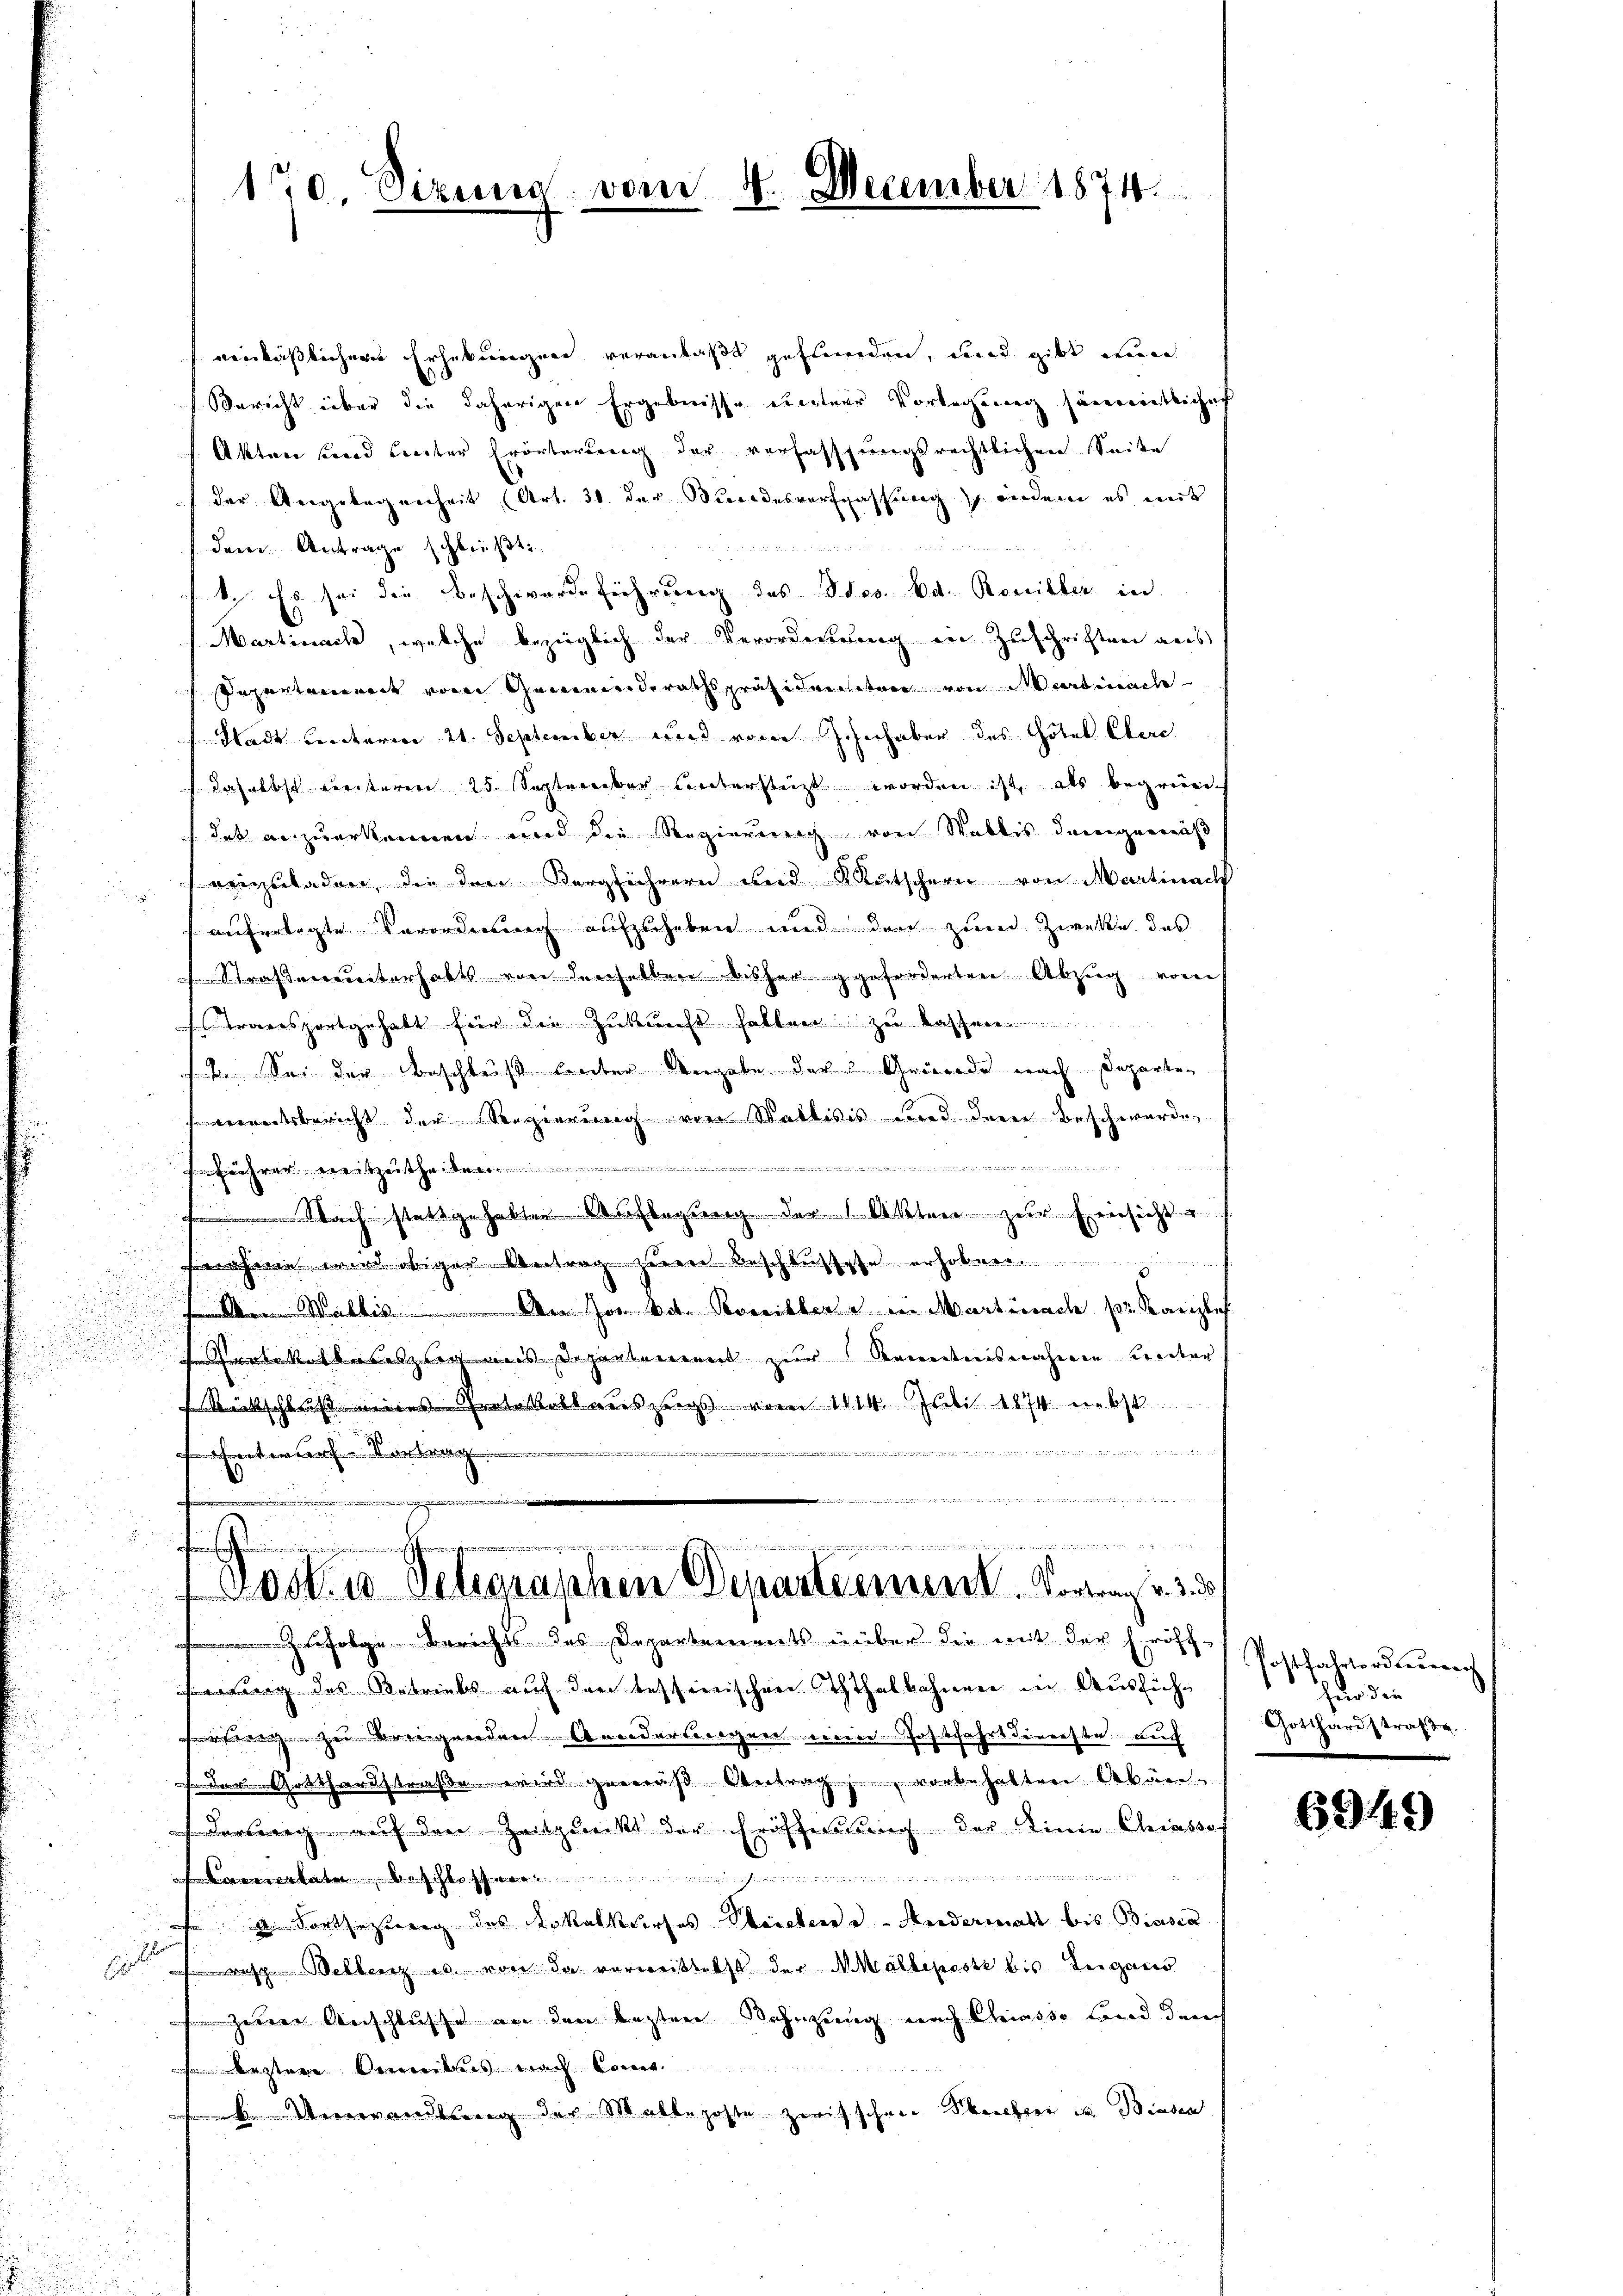
10. Sizina vom 4. December 1874.

verläßlicher Erhebungen veranlaßt gestunden, und gibt ein
Bericht über die daherigen Ergebnisse unterer Vorlegung sämmtlicher
Akten und Liter Erörterung der verfassungsrechtlichen Seite
der Angelegenheit (Art. 30. der Bundesverfassung indere es mit
dem Antrage schließt:
1. Es sei die Beschwerdeführung des Stes. Bd. Ronibler in
Martinach, welche bezüglich der Verordnung in Zuschriften aus
Repartement vom Gemeinderathspräsidrechter von Martinach
Stadt Cecetaria 21. September und vom Jahrhaber des Hotel Clare
daselbst weiteren 25. September untersteigt worden ist, als begründe
/ das anzuerkennen und die Regierung von Wallis demgemäß
f
vinzuladen, die den Bergführern und Kautschern von Martinach
auferlegte Verordnung aufzuheben und der zum Zwecke das
 Straßenunterhalts von denselben bisher geforderten Abzug vorauf
Transportgehalt für die Zukunft hatten zu lassen
12. Sei der Beschluß hinter Angabe des Gewerde nach Departemetsbericht der Regierung von Wallisis und deren Beschwerde
Pführer weitzutheile..............................
Nach stattgehabten Auflegung der Akten zur Einsicht
näheren wird obiger Antrag zum Beschlussesse erhoben.
An Wallis ...................... An Hombet. Rosilber u. in Martinach pr. Kanzle
 Protokolles zuges Departement zur Kenntnisnahmen Kreiter
Rückschluss meins Grotestabsauszugs vom 1114. Juli 1874 nebst

 Entwurf. Vortrag
mit 200 an einen in einer der inner einen in einer in der
e
sachen den ehe an die
fehenen Her
s
osk. 10 Delegraphen Departement. Vortrag v. 3.

Zufolge Berichts des Departements über die mit der Eröff-Posthaltersteuer

ng des Betriebs auf den tessinischen Ththalbahnen in Ausfühfzer bringenden Anderlingen einer Postfahrt dererste auch |
 der Gotthardstraße wird gemäß Antrag vorbehalten Abänderweig auf den Zeitpunckt der Frösserung der Linie Chiassof

Camertate. Beschlossenen
 Fortsezung des Lokalkurses Steichen u. Andermatt bis Biasca
b
rese Wellenz es von da vermeistets der Mallepost bis Teigano
ze Anschlusse an den besten Bahnzung nach Chiasso land durch
Arztere Verweites nach konnt
 Verwandlung der Matteposte zwischen Seiter u. Biasca

hur die
Gotthardstraf u.

6949